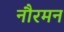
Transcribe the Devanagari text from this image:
नौरमन